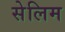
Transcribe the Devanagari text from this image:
सेलिम